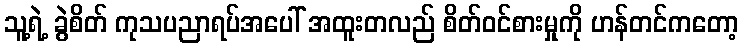
သူ့ရဲ့ ခွဲစိတ် ကုသပညာရပ်အပေါ် အထူးတလည် စိတ်ဝင်စားမှုကို ဟန်တင်ကတော့